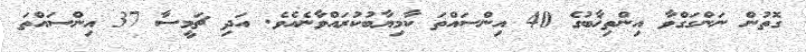
ގޮތުން ނަންގަގްވާ އިންތިޚާބުގެ 40 އިންސައްތަ ކާމިޔާބުކުރައްވާނެއެވެ. އަދި ޗަމީސާ 37 އިންސައްތަ